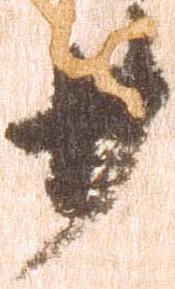
廿